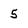
Character: 5